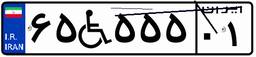
۹۵W۹۱۶۱۷